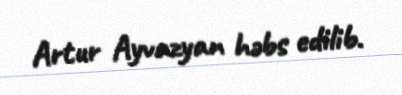
Artur Ayvazyan həbs edilib.